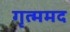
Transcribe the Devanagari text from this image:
गृत्ममद